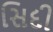
સિદી